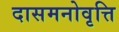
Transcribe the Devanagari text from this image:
दासमनोवृत्ति